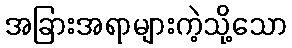
အခြားအရာများကဲ့သို့သော